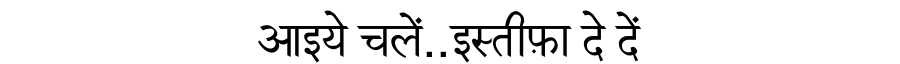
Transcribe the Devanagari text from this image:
आइये चलें..इस्तीफ़ा दे दें